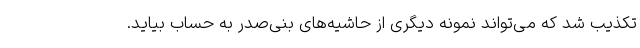
تکذیب شد که می‌تواند نمونه دیگری از حاشیه‌های بنی‌صدر به حساب بیاید.